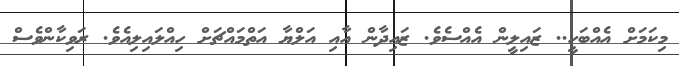
މިކަމަށް އެއްބަހީ.. ޒައިލީން އެއްސެވެ. ޒައިދާން އާއި އަލްޔާ އަތްމައްޗަށް ހިއްލައިލިއެވެ. ރަވިކާންވެސް